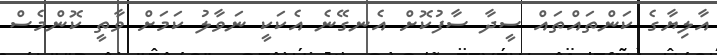
އާލިޔާގެ ކަންތައްތައް ސީދާ ސާފުކޮށް އެނގޭނެ އެކަކީ ނަވާލު ކަމަށް ވާތީ ކޮންމެސް